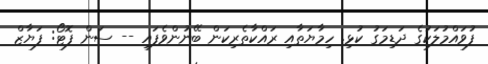
ފުވައްމުލަކުގެ ދަޑިމަގު ކުޅި. ހިމާޔަތާއި ރައްކާތެރިކަން ބޭނުންވެފައި -- ސަން ފޮޓޯ: ފަޔާޒް